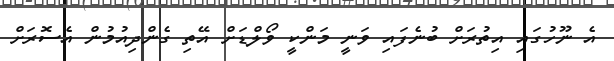
އެ ނޫހުގައި އިތުރަށް ބުނެފައި ވަނީ މަންކީ ވޯލްޑަށް އޭތި ގެންދިއުމުން އެސޮރަށް